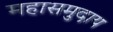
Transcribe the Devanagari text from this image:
महासमुदाय